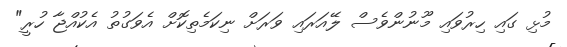
މުޅި ގައި ހިރުވައި މޫނުންވެސް ލޭއަރައި ވަރަށް ނިކަމެތިކޮށް އެވަގުތު އެކުއްޖާ ހުރީ"